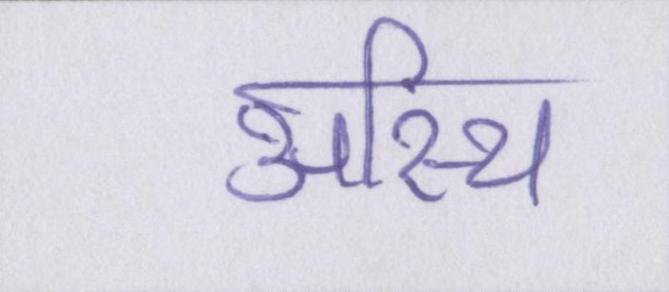
अस्थि